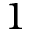
1